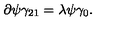
\partial \psi \gamma _ { 2 1 } = \lambda \psi \gamma _ { 0 } .